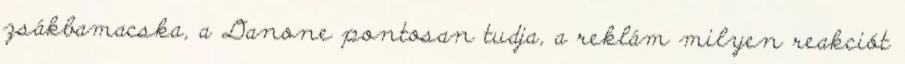
zsákbamacska, a Danone pontosan tudja, a reklám milyen reakciót